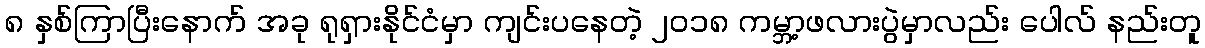
၈ နှစ်ကြာပြီးနောက် အခု ရုရှားနိုင်ငံမှာ ကျင်းပနေတဲ့ ၂၀၁၈ ကမ္ဘာ့ဖလားပွဲမှာလည်း ပေါလ် နည်းတူ